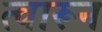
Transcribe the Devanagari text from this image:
त्वारून